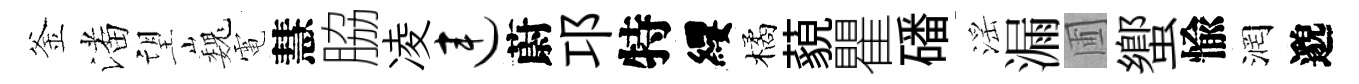
釜潘望巍電慧脇凌连蔚邛特纓橘藐瞿磻滛漏圃蠁愉润邈